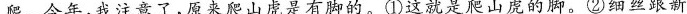
爬。今年，我注意了，原来爬山虎是有脚的。①这就是爬山虎的脚。②细丝跟新